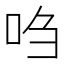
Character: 𫩩